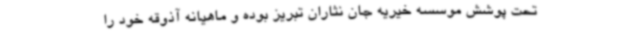
تحت پوشش موسسه خیریه جان نثاران تبریز بوده و ماهیانه آذوقه خود را